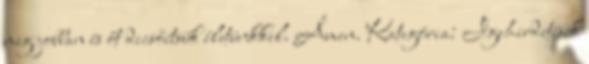
meg jobban és őt dicsőítsük életünkkel. Ámen. Kategória: Igehirdetések